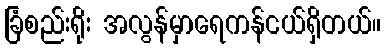
ခြံစည်းရိုး အလွန်မှာရေကန်ငယ်ရှိတယ်။